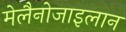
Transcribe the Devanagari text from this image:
मेलैनोजाइलान